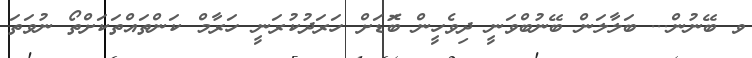
ވ ބޭނުން... ބަލާލަން ބޭނުބްވަނީ ދިވެހީން ބޮަޑަށް ހަރަދުކުރަނީ ހަރާމް ކަންތައްތަކަށްތޯ ނުވަތަ